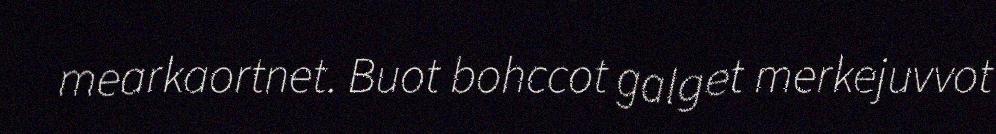
mearkaortnet. Buot bohccot galget merkejuvvot